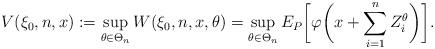
LaTeX: \begin{align*}V(\xi_0,n,x):=\sup_{\theta\in \Theta_n} W(\xi_0,n,x,\theta)=\sup_{\theta\in\Theta_n} E_P\biggl[\varphi\biggl(x+\sum_{i=1}^{n} Z_i^\theta\biggr)\biggr].\end{align*}